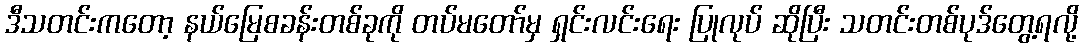
ဒီသတင်းကတော့ နယ်မြေစခန်းတစ်ခုကို တပ်မတော်မှ ရှင်းလင်းရေး ပြုလုပ် ဆိုပြီး သတင်းတစ်ပုဒ်တွေ့ရလို့